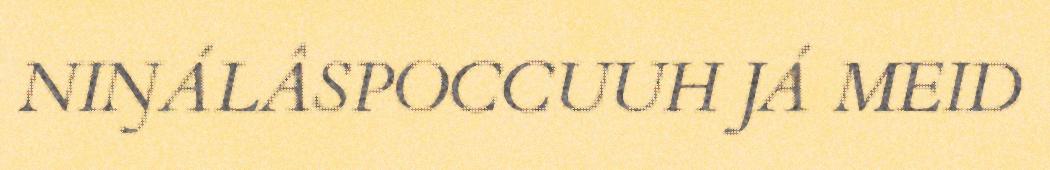
NIŊÁLÂSPOCCUUH JÁ MEID